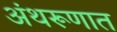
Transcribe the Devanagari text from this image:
अंथरूणात